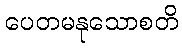
ပေတမနုသောစတိ